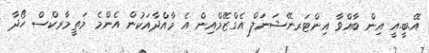
އޭ.ބީ.އީ އިން ބާއްވާ އިންޓަރނޭޝަނަލް އެގްޒޭމްއިން އެ މާއްދާއަކުން އެންމެ މަތީމާރކްސް ހޯދާ